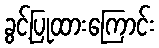
ခွင့်ပြုထားကြောင်း